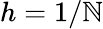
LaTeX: h=1/\mathbb{N}